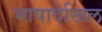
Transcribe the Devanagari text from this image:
भाषादेखिल